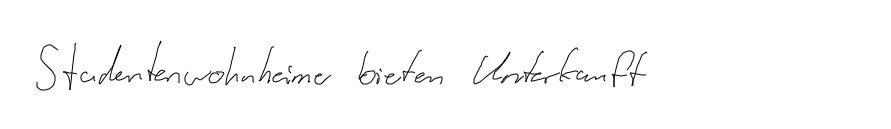
Studentenwohnheime bieten Unterkunft.